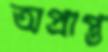
অপ্রাপ্ত